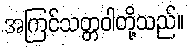
အကြင်သတ္တဝါတို့သည်။